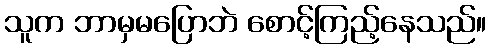
သူက ဘာမှမပြောဘဲ စောင့်ကြည့်နေသည်။